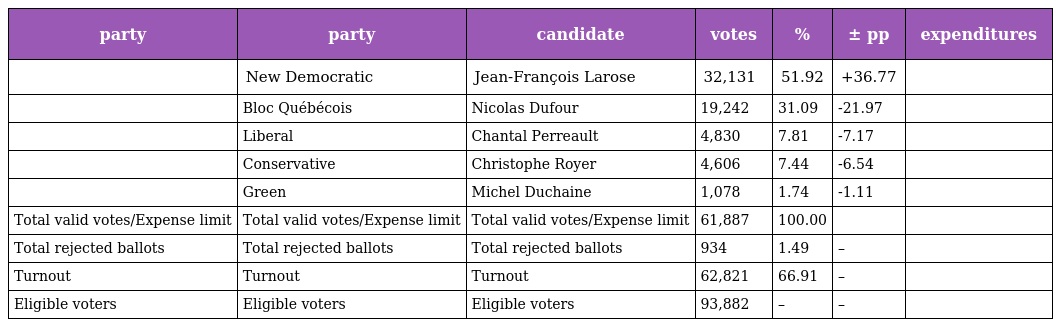
| party | party | candidate | votes | % | ± pp | expenditures |
 | --- | --- | --- | --- | --- | --- | --- |
 |  | New Democratic | Jean-François Larose | 32,131 | 51.92 | +36.77 |  |
 |  | Bloc Québécois | Nicolas Dufour | 19,242 | 31.09 | -21.97 |  |
 |  | Liberal | Chantal Perreault | 4,830 | 7.81 | -7.17 |  |
 |  | Conservative | Christophe Royer | 4,606 | 7.44 | -6.54 |  |
 |  | Green | Michel Duchaine | 1,078 | 1.74 | -1.11 |  |
 | Total valid votes/Expense limit | Total valid votes/Expense limit | Total valid votes/Expense limit | 61,887 | 100.00 |  |  |
 | Total rejected ballots | Total rejected ballots | Total rejected ballots | 934 | 1.49 | – |  |
 | Turnout | Turnout | Turnout | 62,821 | 66.91 | – |  |
 | Eligible voters | Eligible voters | Eligible voters | 93,882 | – | – |  |